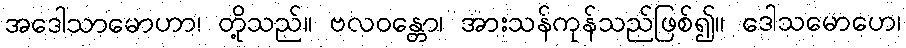
အဒေါသာမောဟာ၊ တို့သည်။ ဗလဝန္တော၊ အားသန်ကုန်သည်ဖြစ်၍။ ဒေါသမောဟေ၊